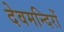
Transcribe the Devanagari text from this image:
देवमन्दिरों